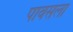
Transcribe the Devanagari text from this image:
पावसला